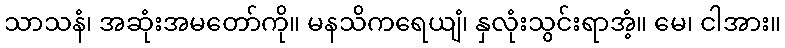
သာသနံ၊ အဆုံးအမတော်ကို။ မနသိကရေယျံ၊ နှလုံးသွင်းရာအံ့။ မေ၊ ငါအား။